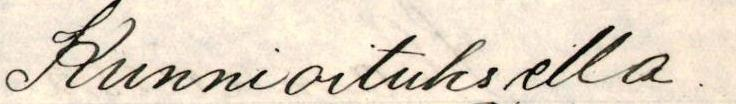
Kunnioituksella